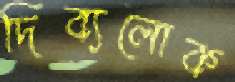
দিব্যলোক